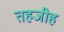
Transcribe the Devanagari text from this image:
तहजीह